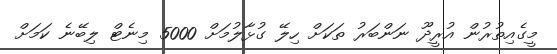
މީގެއިތުރުން އުރީދޫ ނަންބަރު ތަކަށް ހިލޭ ގުޅާލުމަށް 5000 މިނެޓް ލިބޭނެ ކަމަށް